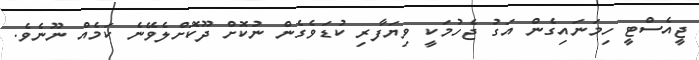
ޖީއެސްޓީ ހިމަނައިގެން އަގު ޖެހުމަކީ ވިޔަފާރި ކުޑަވެގެން ނުކޮށް ދޫކޮށްލެވޭނެ ކަމެއް ނޫނެވެ.